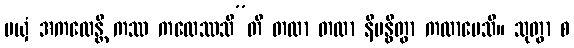
မယှံ အကထေန္တီ ကဿ ကထေဿသီ”တိ တထာ တထာ နိဗန္ဓိတွာ ကထာပေသိ။ သုတွာ စ